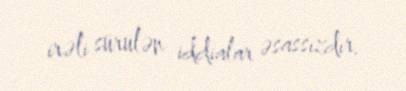
irəli sürülən iddialar əsassızdır.